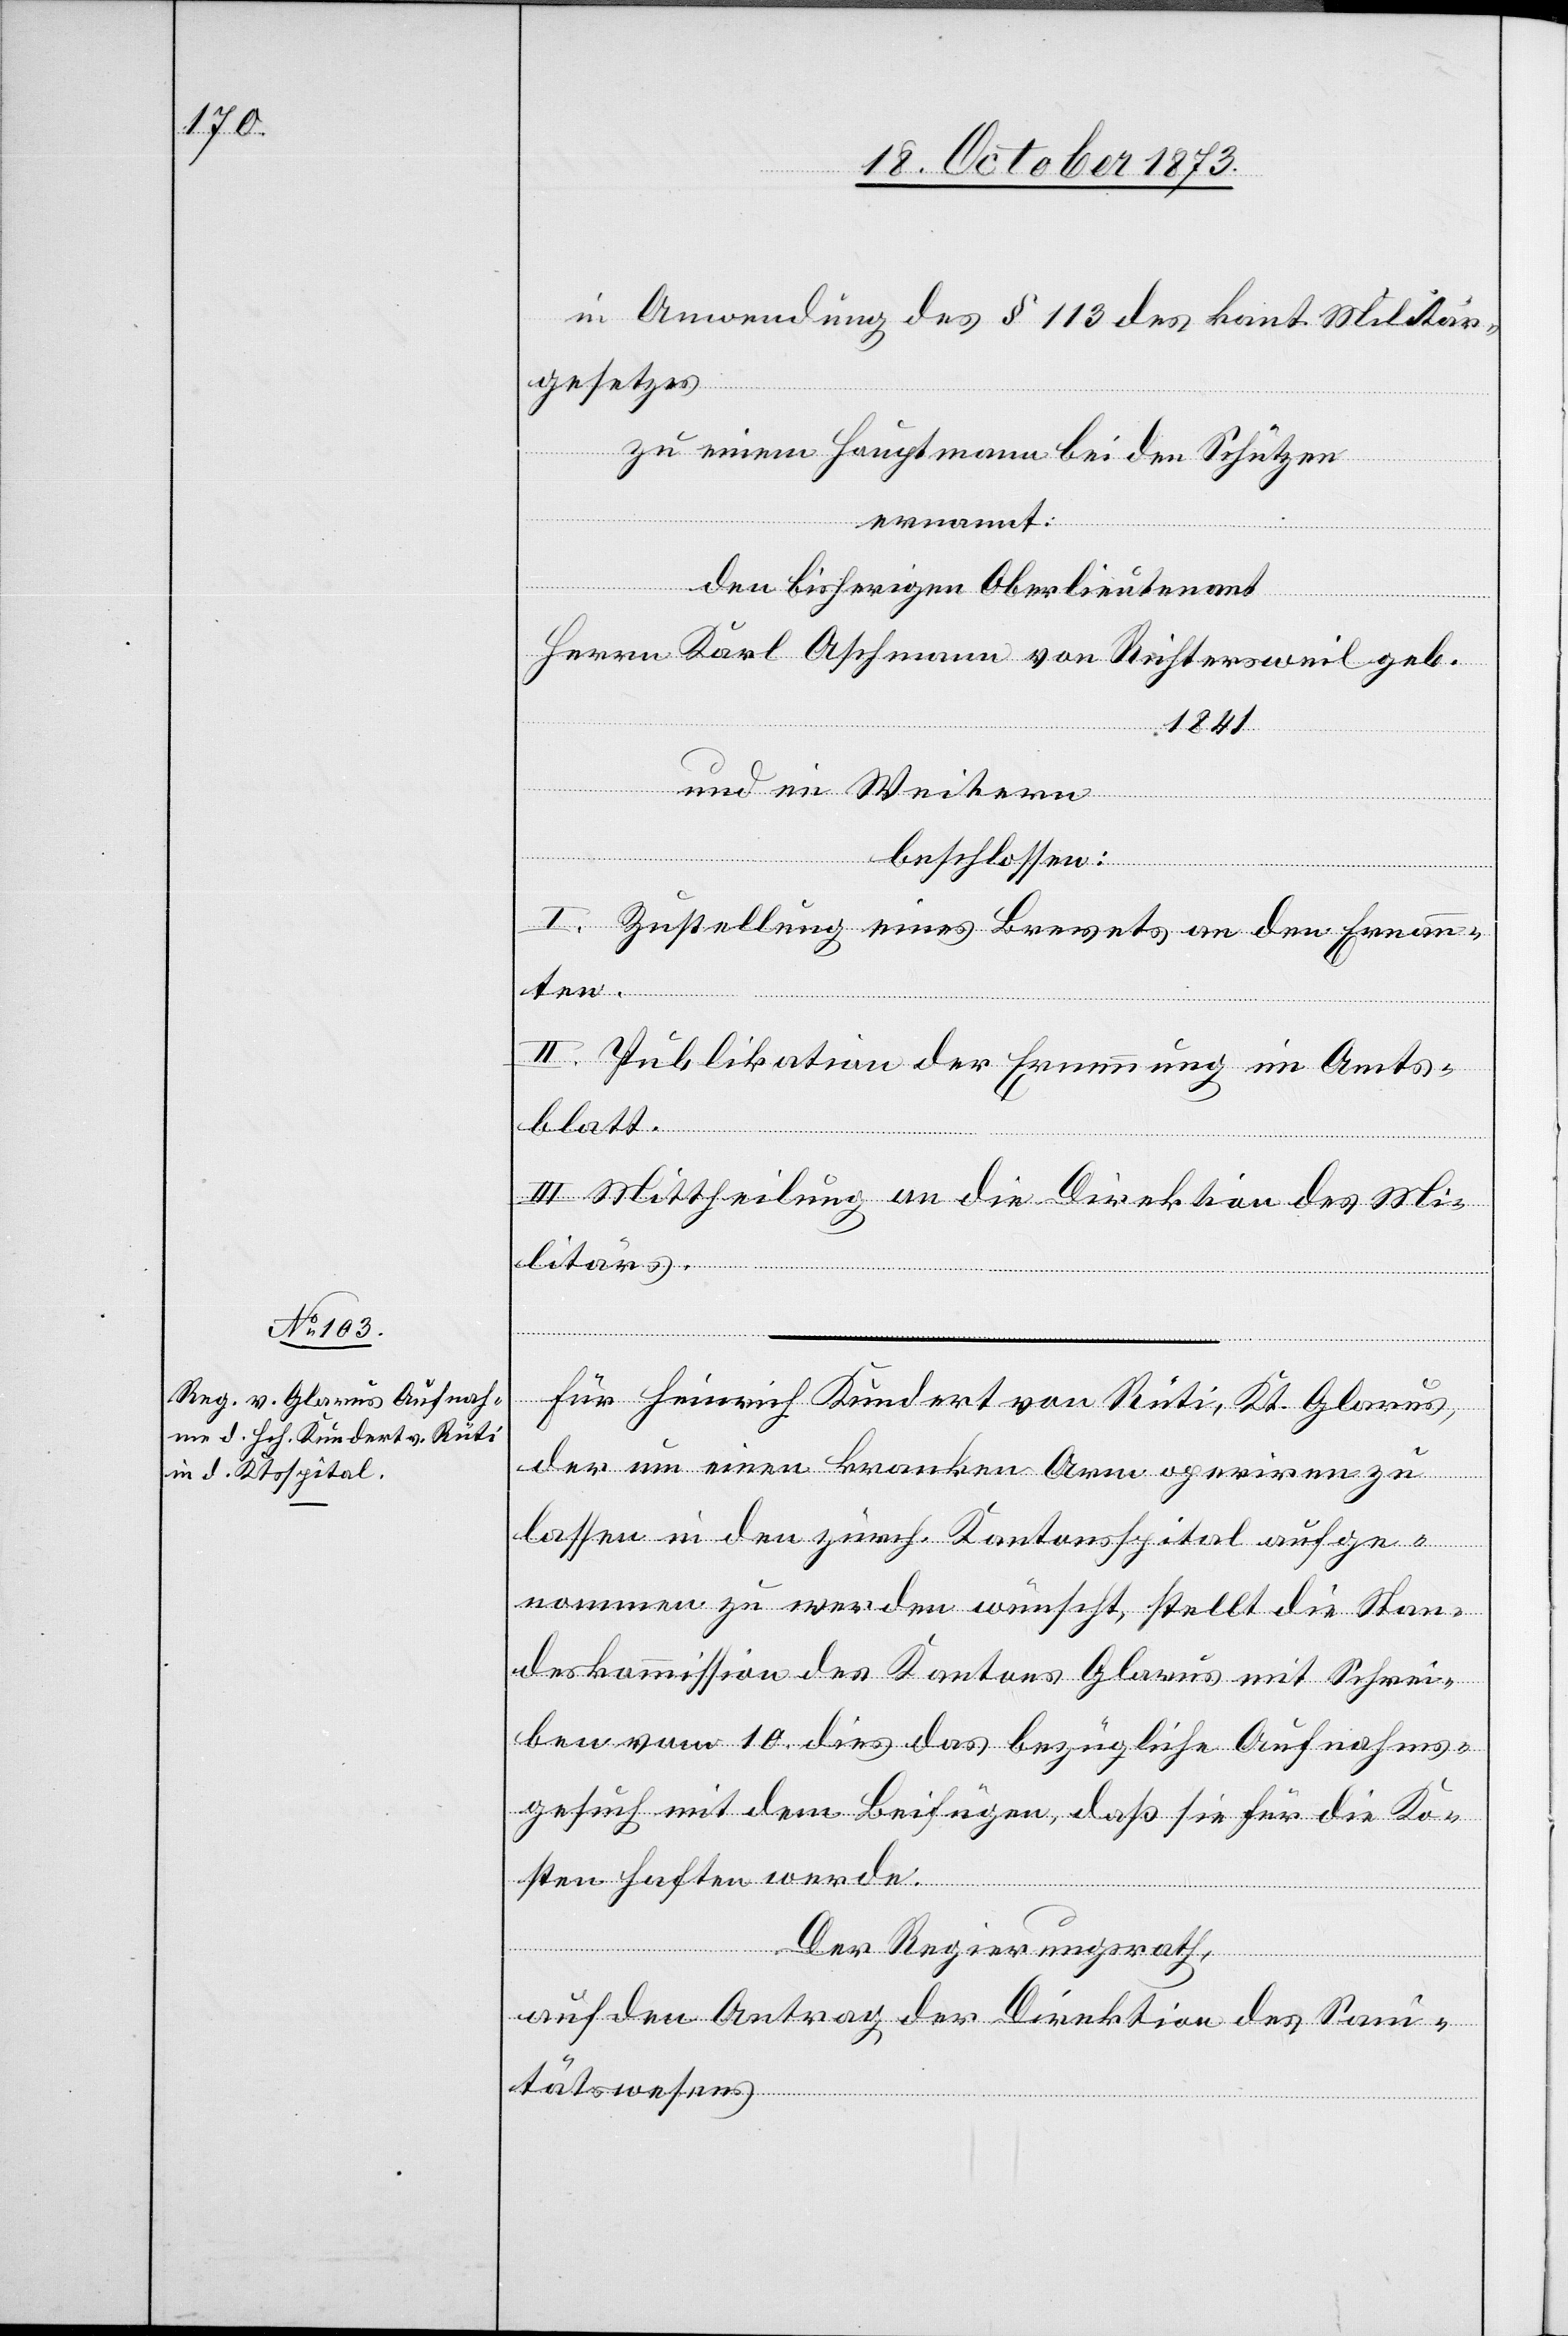
in Anwendung des § 113 des kant. Militär¬
gesetzes
zu einem Hauptmann bei den Schützen
ernannt:
den bisherigen Oberlieutenant
Herrn Karl Aschmann von Richtersweil geb.
1841
und im Weitern
beschlossen:
I. Zustellung eines Brevets an den Ernann¬
ten.
II. Publikation der Ernennung im Amts¬
blatt.
III. Mittheilung an die Direktion des Mi¬
litärs.
Für Heinrich Kundert von Rüti, Kt. Glarus,
der um einen kranken Arm operiren zu
lassen in den zürch. Kantonsspital aufge¬
nommen zu werden wünscht, stellt die Stan¬
deskommission des Kantons Glarus mit Schrei¬
ben vom 10. dies das bezügliche Aufnahms¬
gesuch mit dem Beifügen, daß sie für die Ko¬
sten haften werde.
Der Regierungsrath,
auf den Antrag der Direktion des San¬
itätswesens